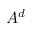
A ^ { d }